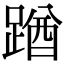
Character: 䠓